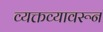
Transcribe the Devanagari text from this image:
व्यक्तव्यावरून